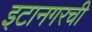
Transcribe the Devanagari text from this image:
इटानगरची